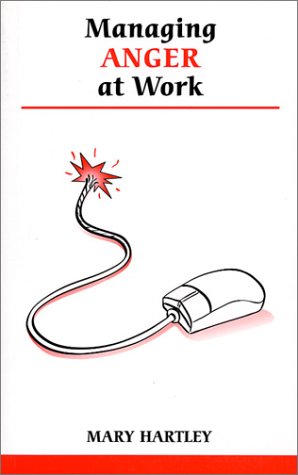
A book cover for Managing Anger At Work (Overcoming Common Problems); Mary Hartley; Business & Money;